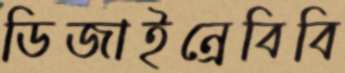
ডিজাইন্রেবিবি